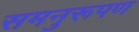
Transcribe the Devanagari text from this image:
समनुरूपण